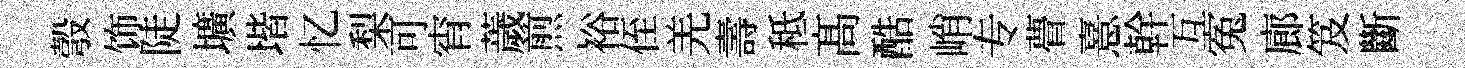
彀饰陡壙堦忆梨可宵薉煎裕侄羌壽秪髙酷峭专瞢憙幹互寃廊笈斷